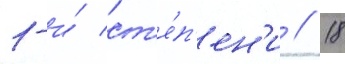
1-и́ ст'е́п'ен'и // 18